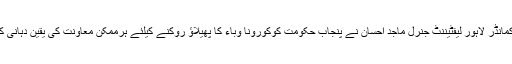
کور کمانڈر لاہور لیفٹیننٹ جنرل ماجد احسان نے پنجاب حکومت کوکورونا وباء کا پھیلاؤ روکنے کیلئے ہرممکن معاونت کی یقین دہانی کرائی۔